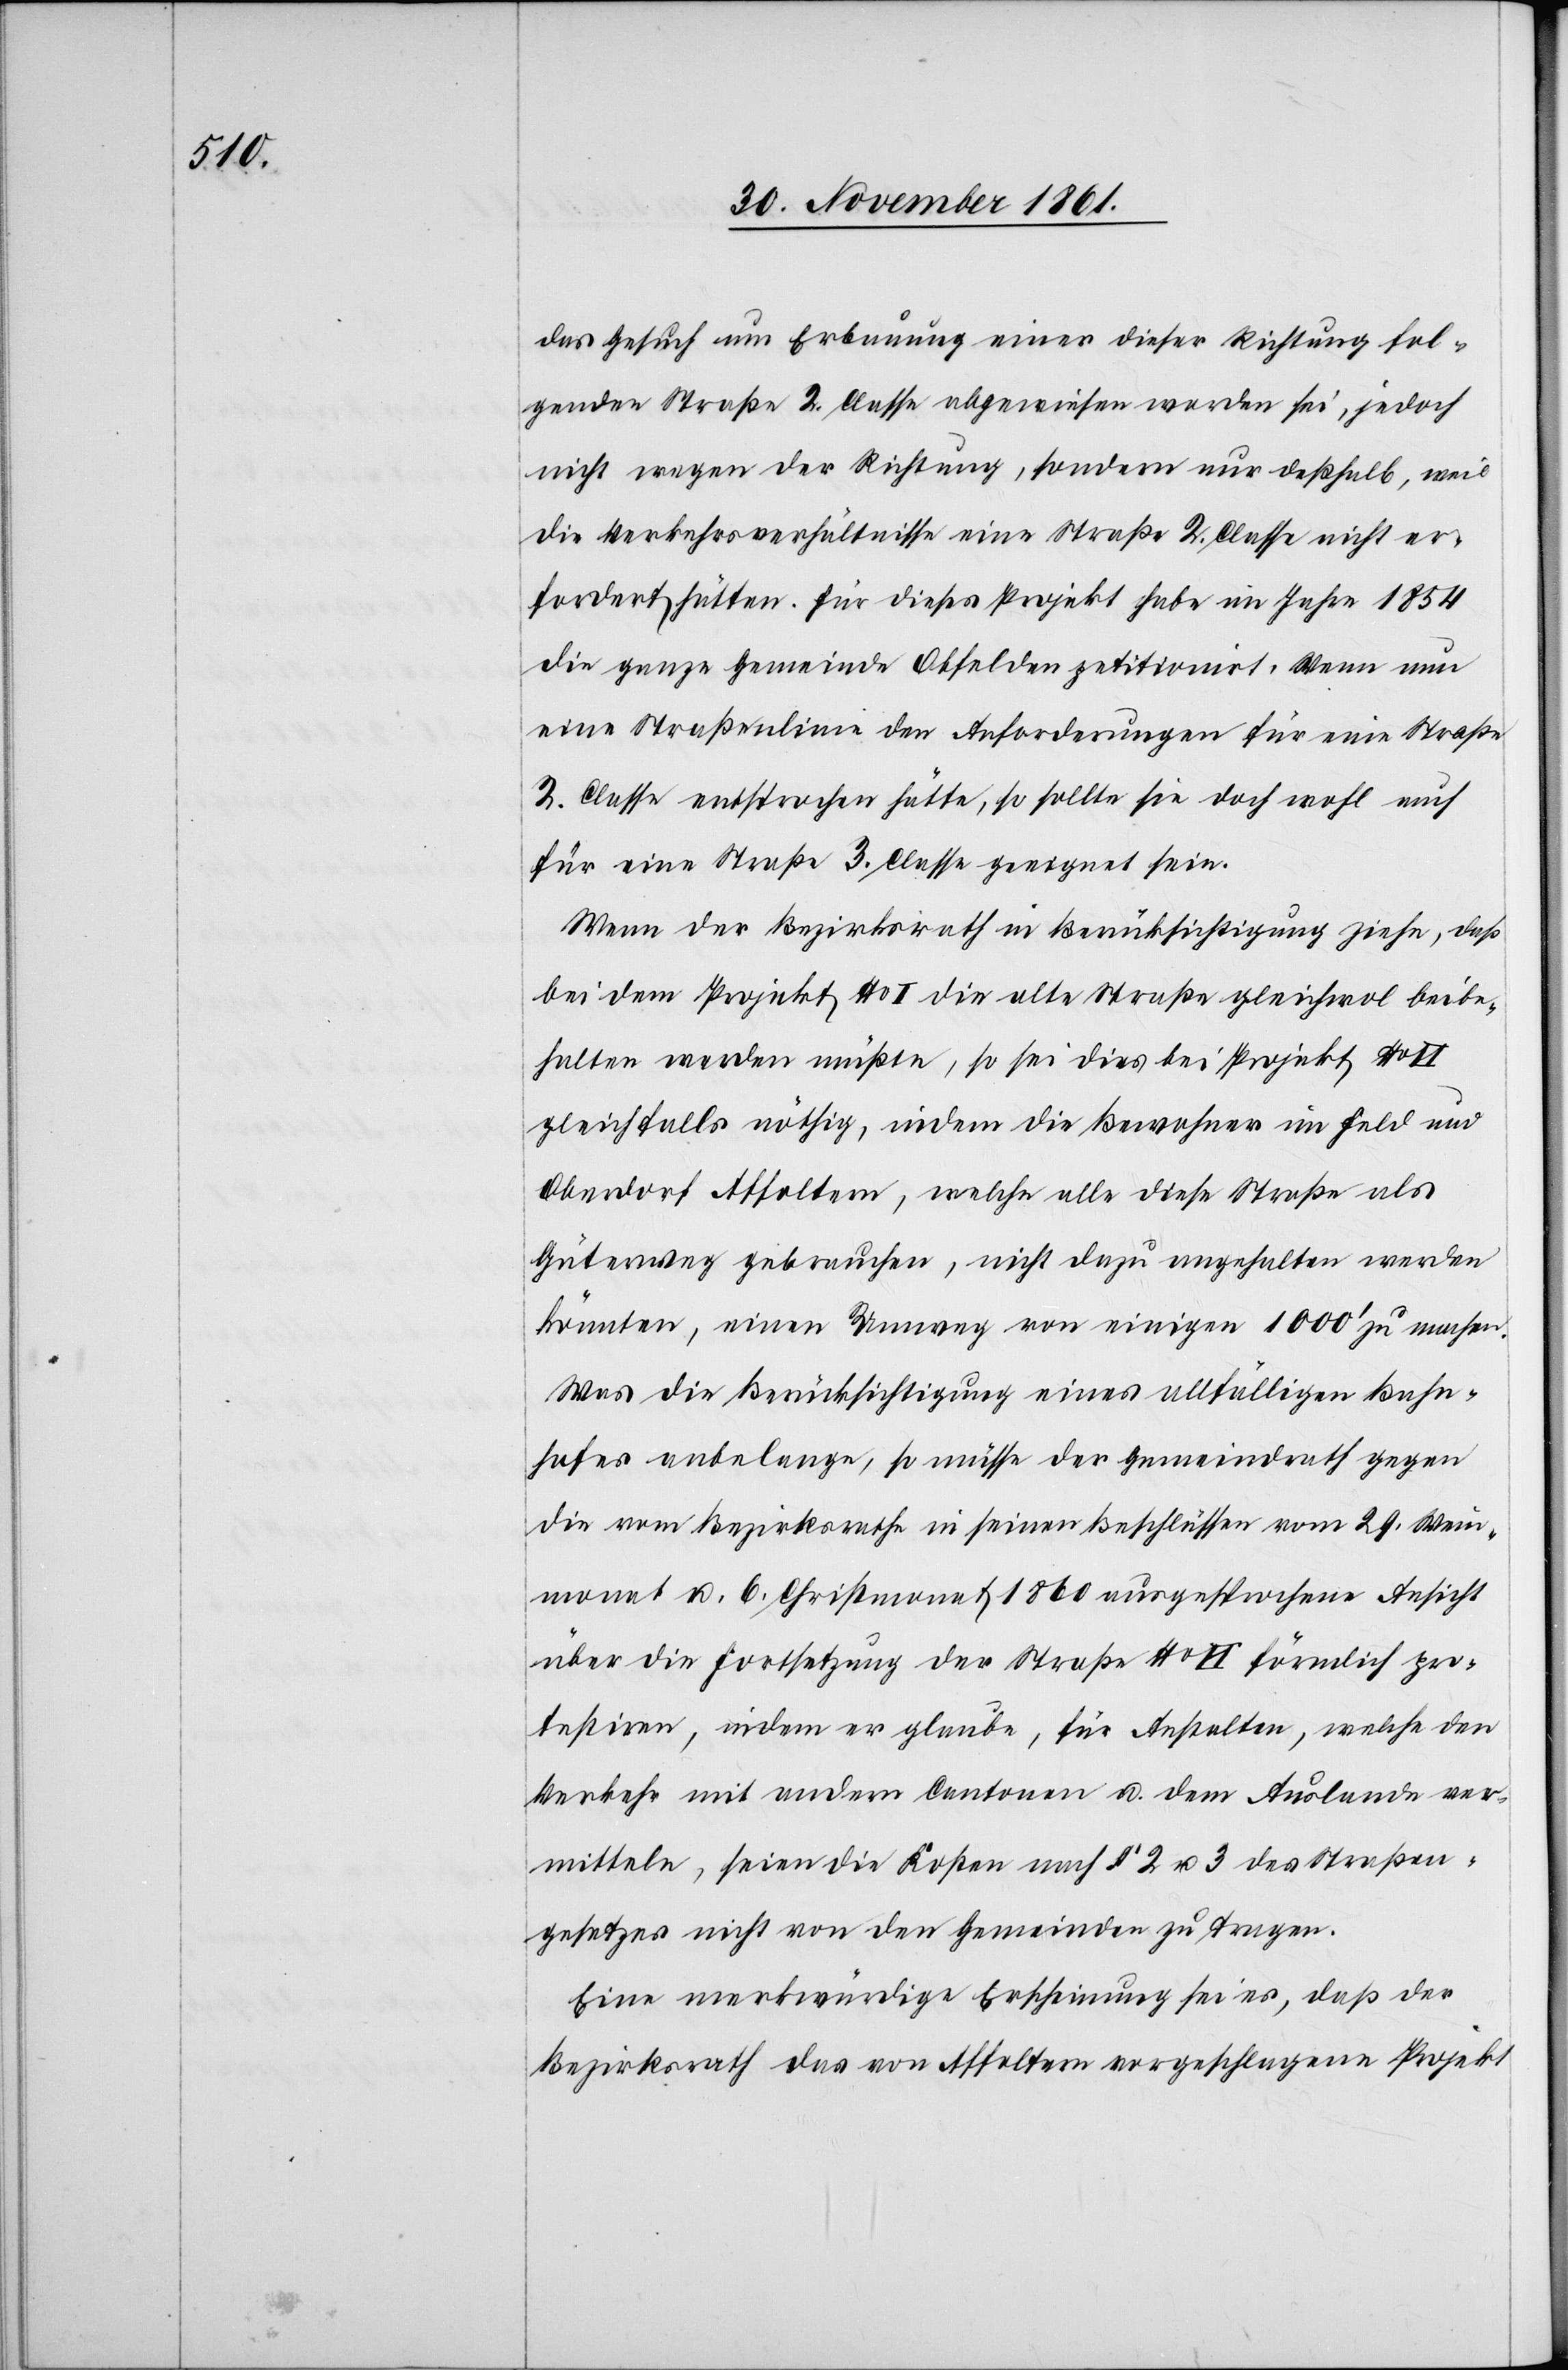
das Gesuch um Erbauung einer dieser Richtung fol¬
genden Straße 2 Classe abgewiesen worden sei, jedoch
nicht wegen der Richtung, sondern nur deshalb, weil
die Verkehrsverhältnisse eine Straße 2 Classe nicht er¬
fordert hätten. Für dieses Projekt habe im Jahre 1854
die ganze Gemeinde Obfelden petitionirt. Wenn nun
eine Straßenlinie den Anforderungen für eine Straße
2 Classe entsprochen hätte, so sollte sie doch wohl auch
für eine Straße 3 Classe geeignet sein.
Wenn der Bezirksrath in Berücksichtigung ziehe, daß
bei dem Projekt No I die alte Straße gleichwol beibe¬
halten werden müßte, so sei dies bei Projekt No II
gleichfalls nöthig, indem die Bewohner im Feld und
Oberdorf Affoltern, welche alle diese Straße als
Güterweg gebrauchen, nicht dazu angehalten werden
könnten, einen Umweg von einigen 1000’ zu machen.
Was die Berücksichtigung eines allfälligen Bahn¬
hofes anbelange, so müsse der Gemeindrath gegen
die vom Bezirksrathe in seinen Beschlüssen vom 29 Wein¬
monat u. 6 Christmonat 1860 ausgesprochene Ansicht
über die Fortsetzung der Straße No II förmlich pro¬
testiren, indem er glaube, für Anstalten, welche den
Verkehr mit andern Cantonen u. dem Auslande ver¬
mitteln, seien die Kosten nach § 2 u. 3 des Straßen¬
gesetzes nicht von den Gemeinden zu tragen.
Eine merkwürdige Erscheinung sei es, daß der
Bezirksrath das von Affoltern vorgeschlagene Projekt